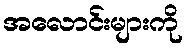
အလောင်းများကို